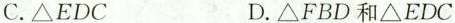
C.△EDC D.△FBD和△EDC